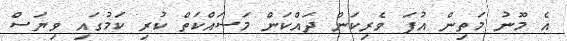
އެ މޫނު މަތިން އުފަ ވެރިކަން ދައްކަން މަސައްކަތް ކުރި ކަމުގައި ވިޔަސް